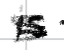
Text: is
Cross-out: scratch
Writing tool: digital_black